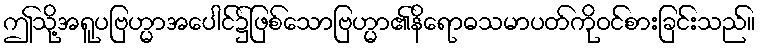
ဤသို့အရူပဗြဟ္မာအပေါင်၌ဖြစ်သောဗြဟ္မာ၏နိရောဓသမာပတ်ကိုဝင်စားခြင်းသည်။